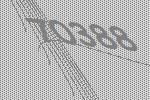
70388